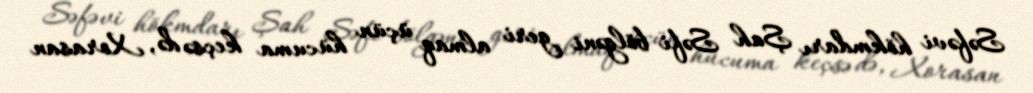
Səfəvi hökmdarı Şah Səfi bölgəni geri almaq üçün hücuma keçsə də, Xorasan